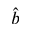
\hat { b }